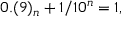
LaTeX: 0 . ( 9 ) _ { n } + 1 / 1 0 ^ { n } = 1 ,